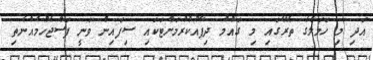
އަދި މި ހަމަލާގެ ތެރޭގައި މި ގައުމު ދިފާއުކުރުމަށްޓަކައި ސިފައިން ވަނީ ފަސްޖެހުމެއްނެތި